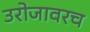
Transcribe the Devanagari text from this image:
उरोजावरच